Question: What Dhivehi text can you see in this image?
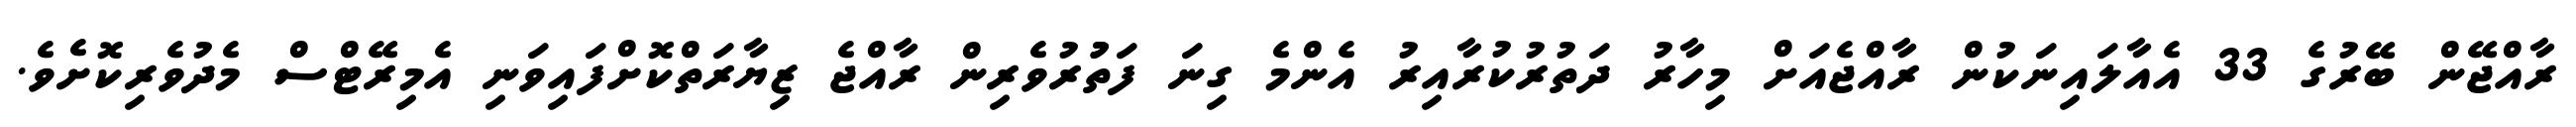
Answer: ރާއްޖޭން ބޭރުގެ 33 އެއާލައިނަކުން ރާއްޖެއަށް މިހާރު ދަތުރުކުރާއިރު އެންމެ ގިނަ ފަތުުރުވެރިން ރާއްޖެ ޒިޔާރަތްކޮށްފައިވަނި އެމިރޭޓްސް މެދުވެރިކޮށެވެ.